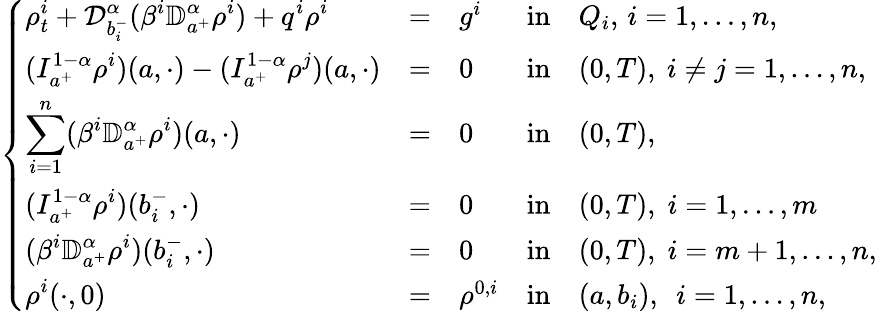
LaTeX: \left\{ \begin{array}{lllllllllllllllll}{\displaystyle\rho_{t}^{i}+\mathcal{D}_{b_{i}^{-}}^{\alpha}(\beta^{i}\mathbb{D}_{a^{+}}^{\alpha}\rho^{i})+q^{i}\rho^{i}}&{=}&{g^{i}}&{\mathrm{in}}&{Q_{i},\, i=1,\dots,n,}\\ {\displaystyle(I_{a^{+}}^{1-\alpha}\rho^{i})(a,\cdot)-(I_{a^{+}}^{1-\alpha}\rho^{j})(a,\cdot)}&{=}&{0}&{\mathrm{in}}&{(0,T),~i\neq j=1,\dots,n,}\\ {\displaystyle\sum_{i=1}^{n}(\beta^{i}\mathbb{D}_{a^{+}}^{\alpha}\rho^{i})(a,\cdot)}&{=}&{0}&{\mathrm{in}}&{(0,T),}\\ {\displaystyle(I_{a^{+}}^{1-\alpha}\rho^{i})(b_{i}^{-},\cdot)}&{=}&{0}&{\mathrm{in}}&{(0,T),\; i=1,\dots,m}\\ {\displaystyle(\beta^{i}\mathbb{D}_{a^{+}}^{\alpha}\rho^{i})(b_{i}^{-},\cdot)}&{=}&{0}&{\mathrm{in}}&{(0,T),\; i=m+1,\dots,n,}\\ {\displaystyle\rho^{i}(\cdot,0)}&{=}&{\rho^{0,i}}&{\mathrm{in}}&{(a,b_{i}),~~i=1,\dots,n,}\end{array}\right.